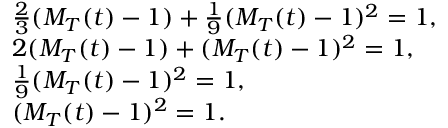
\begin{array} { r l } & { \frac { 2 } { 3 } ( M _ { T } ( t ) - 1 ) + \frac { 1 } { 9 } ( M _ { T } ( t ) - 1 ) ^ { 2 } = 1 \mathrm { , } } \\ & { 2 ( M _ { T } ( t ) - 1 ) + ( M _ { T } ( t ) - 1 ) ^ { 2 } = 1 \mathrm { , } } \\ & { \frac { 1 } { 9 } ( M _ { T } ( t ) - 1 ) ^ { 2 } = 1 \mathrm { , } } \\ & { ( M _ { T } ( t ) - 1 ) ^ { 2 } = 1 \mathrm { . } } \end{array}